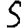
Digit: 5